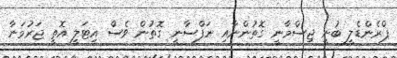
ޕްރެންޑެލީ ބުނީ ޖިސްމާނީ ގޮތުންނާއި ނަފްސާނީ ގޮތުން ވެސް އިޓަލީ އޮތީ ޖަރުމަނާ